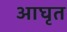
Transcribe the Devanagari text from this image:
आघृत